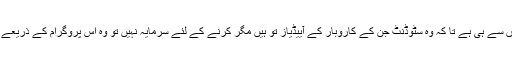
کامیاب جوان پروگرام کا تعلق بھی کاروباری دماغ رکھنے والوں سے ہی ہے تا کہ وہ سٹوڈنٹ جن کے کاروبار کے آییڈیاز تو ہیں مگر کرنے کے لئے سرمایہ نہیں تو وہ اس پروگرام کے ذریعے لان حاصل کر سکتے ہیں اور آسان اقساط میں ادا کر سکتے ہیں۔